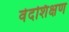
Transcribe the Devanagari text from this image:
वेदशिक्षण